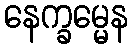
နေက္ခမ္မေန